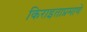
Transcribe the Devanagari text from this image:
किराइताप्रमाणे